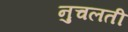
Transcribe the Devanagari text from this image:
नुचलती